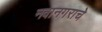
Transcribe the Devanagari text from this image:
नवानगराचे